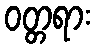
ဝတ္တရား